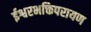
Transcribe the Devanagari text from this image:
ईश्वरभक्तिपरायण